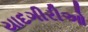
યાદગીરીઓ